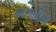
આગાહીની